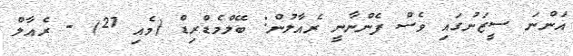
އަންނަ ސީޒަނުގައި ވެސް ފެންނާނީ ރެއާލުން: ބޭލްމެޑްރިޑް (މެއި 27) - ރެއާލް